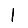
Digit: 1